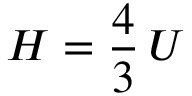
H = { \frac { 4 } { 3 } } \, U